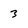
Character: 3